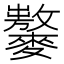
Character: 𪍾